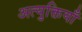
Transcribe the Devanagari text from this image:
अत्युक्तियाँ